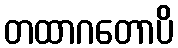
တထာဂတောပိ